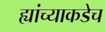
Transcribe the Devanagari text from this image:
ह्यांच्याकडेच